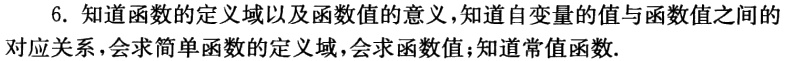
6. 知道函数的定义域以及函数值的意义，知道自变量的值与函数值之间的

对应关系，会求简单函数的定义域，会求函数值；知道常值函数.